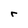
Character: r